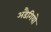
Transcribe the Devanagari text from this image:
अडैगियो